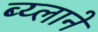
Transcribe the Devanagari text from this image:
ब्य्लाने